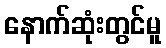
နောက်ဆုံးတွင်မူ